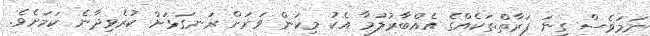
ނަމަވެސް ގިނަ ފަރާތްތަކެއްގެ އެއްބާރުލުމާ އެކު މިކަން ވަރަށް ރަނގަޅަށް ކުރެވިދާނެ ކަމަށެވެ.